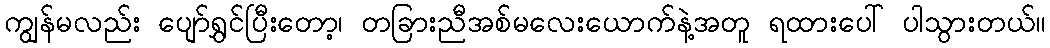
ကျွန်မလည်း ပျော်ရွှင်ပြီးတော့၊ တခြားညီအစ်မလေးယောက်နဲ့အတူ ရထားပေါ် ပါသွားတယ်။